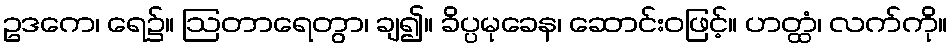
ဥဒကေ၊ ရေ၌။ ဩတာရေတွာ၊ ချ၍။ ခိပ္ပမုခေန၊ ဆောင်းဝဖြင့်။ ဟတ္ထံ၊ လက်ကို။